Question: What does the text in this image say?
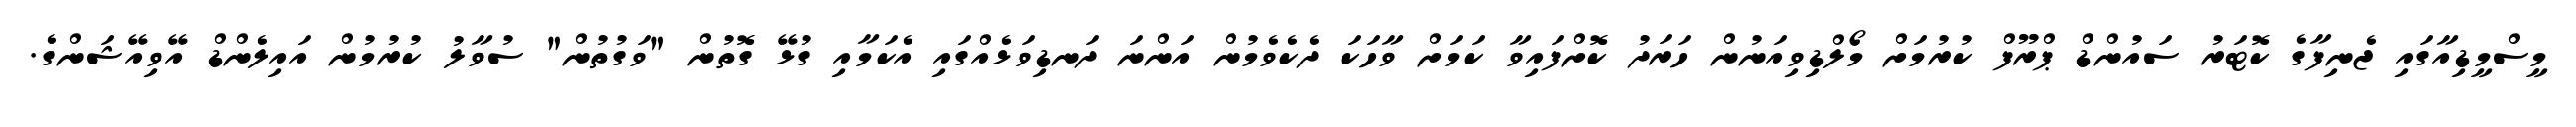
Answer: މީސްމީޑިއާގައި ޖެނިފާގެ ކޮޓަރު ސައުންޑް ޕްރޫފް ކުރުމަށް މޯލްޑިވިއަނުން ހަރަދު ކޮށްފައިވާ ކަމަށް ވާހަކަ ދެކެވެމުން އަންނަ ދަނޑިވަޅެއްގައި އެކަމާއި ގުޅޭ ގޮތުން "ވަގުތުން" ސުވާލު ކުރުމުން އައިލެންޑް އޭވިއޭޝަންގެ.